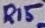
Text: R15